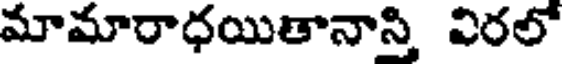
మామారాధయితానాస్తి విరలో